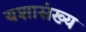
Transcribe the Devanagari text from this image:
यशासंख्य